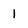
Character: 1